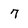
Character: 7